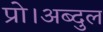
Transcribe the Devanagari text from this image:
प्रो।अब्दुल